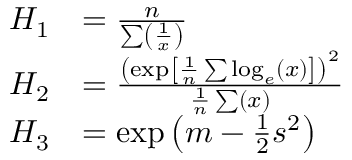
{ \begin{array} { r l } { H _ { 1 } } & { = { \frac { n } { \sum \left( { \frac { 1 } { x } } \right) } } } \\ { H _ { 2 } } & { = { \frac { \left( \exp \left[ { \frac { 1 } { n } } \sum \log _ { e } ( x ) \right] \right) ^ { 2 } } { { \frac { 1 } { n } } \sum ( x ) } } } \\ { H _ { 3 } } & { = \exp \left( m - { \frac { 1 } { 2 } } s ^ { 2 } \right) } \end{array} }